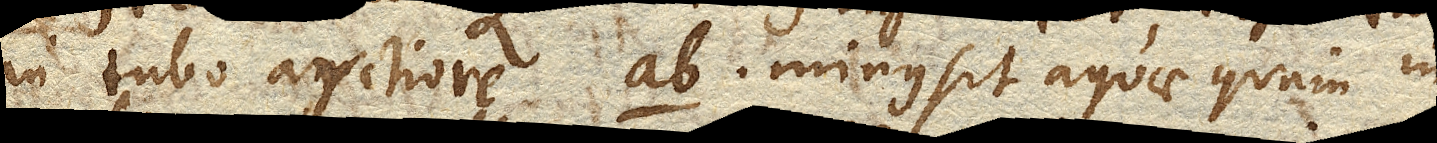
in tubo arctiore ab. minus sit aquae quam in